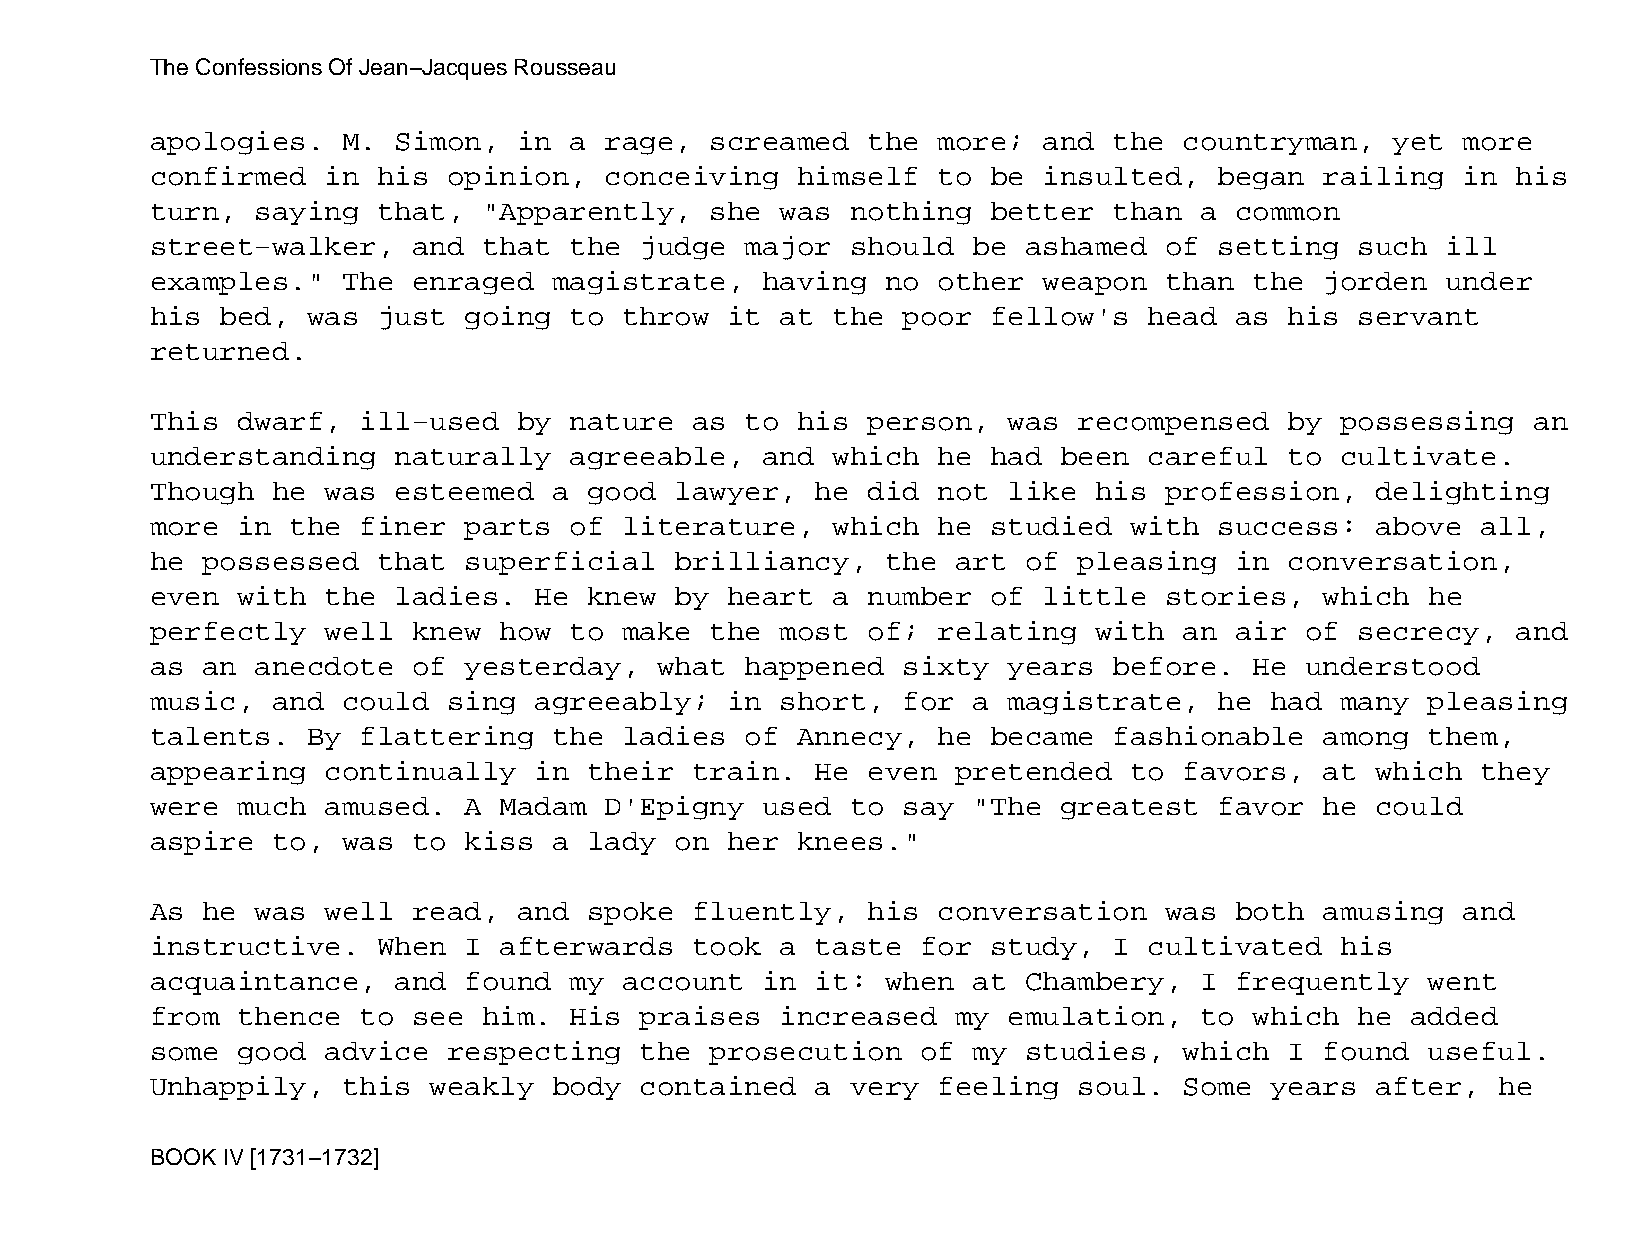
The Confessions Of Jean−Jacques Rousseau
 apologies.   M. Simon,  in  a rage,  screamed  the  more;  and  the countryman,   yet  more
 confirmed   in his  opinion,  conceiving   himself  to  be insulted,   began  railing  in his
 turn,  saying  that,  "Apparently,   she  was nothing   better  than a  common
 street−walker,   and  that  the judge  major  should  be  ashamed  of  setting  such  ill
 examples."   The enraged   magistrate,  having   no other  weapon  than  the  jorden  under
 his  bed, was  just  going  to throw  it  at the  poor  fellow's  head  as his  servant
 returned.
 This  dwarf,  ill−used  by  nature  as to  his person,   was recompensed   by  possessing  an
 understanding   naturally   agreeable,  and  which  he  had been  careful  to  cultivate.
 Though  he  was esteemed   a good  lawyer,  he did  not  like his  profession,   delighting
 more  in the  finer  parts  of literature,   which  he  studied  with  success:  above  all,
 he possessed   that  superficial   brilliancy,   the art  of pleasing   in conversation,
 even  with  the ladies.  He  knew  by heart  a number   of little  stories,   which  he
 perfectly   well knew  how  to make  the  most of;  relating  with  an  air of  secrecy,  and
 as an  anecdote  of  yesterday,   what happened   sixty  years  before.  He understood
 music,  and  could  sing agreeably;   in  short,  for a  magistrate,   he had  many  pleasing
 talents.  By  flattering   the ladies  of  Annecy,  he  became  fashionable   among  them,
 appearing   continually  in  their  train.  He even  pretended   to favors,   at which  they
 were  much  amused.  A Madam  D'Epigny  used  to  say "The  greatest   favor  he could
 aspire  to,  was to  kiss  a lady  on her  knees."
 As he  was  well read,  and  spoke  fluently,  his  conversation   was  both  amusing  and
 instructive.   When  I afterwards   took  a taste  for  study,  I cultivated   his
 acquaintance,   and  found  my account  in  it:  when at  Chambery,  I  frequently   went
 from  thence  to see  him.  His praises   increased  my  emulation,  to  which  he added
 some  good  advice  respecting  the  prosecution   of my  studies,  which  I  found  useful.
 Unhappily,   this weakly   body contained   a very  feeling  soul.  Some  years  after,  he
 BOOK IV [1731−1732]